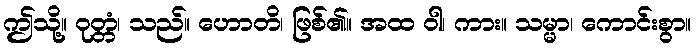
ဤသို့။ ဝုတ္တံ၊ သည်။ ဟောတိ၊ ဖြစ်၏။ အထ ဝါ၊ ကား။ သမ္မာ၊ ကောင်းစွာ။